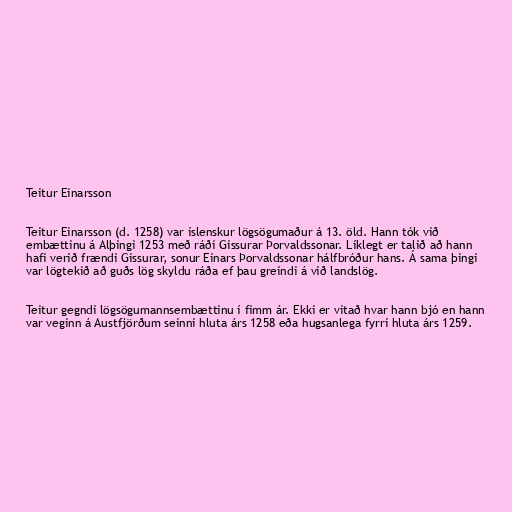
Teitur Einarsson

Teitur Einarsson (d. 1258) var íslenskur lögsögumaður á 13. öld. Hann tók við
embættinu á Alþingi 1253 með ráði Gissurar Þorvaldssonar. Líklegt er talið að hann
hafi verið frændi Gissurar, sonur Einars Þorvaldssonar hálfbróður hans. Á sama þingi
var lögtekið að guðs lög skyldu ráða ef þau greindi á við landslög.

Teitur gegndi lögsögumannsembættinu í fimm ár. Ekki er vitað hvar hann bjó en hann
var veginn á Austfjörðum seinni hluta árs 1258 eða hugsanlega fyrri hluta árs 1259.